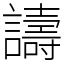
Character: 譸